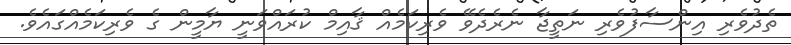
ތެދުވެރި އިންސާފުވެރި ނަތީޖާ ނެރެދެވޭ ވެރިކަމެއް ޤާއިމް ކުރައްވަނީ ޔާމީން ގެ ވެރިކަމެއްގައެވެ.